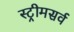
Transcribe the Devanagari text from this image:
स्ट्रीमसर्व